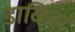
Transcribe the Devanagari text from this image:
डाकिंस